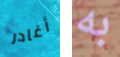
أغادر به